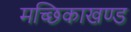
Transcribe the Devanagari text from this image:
मच्छिकाखण्ड